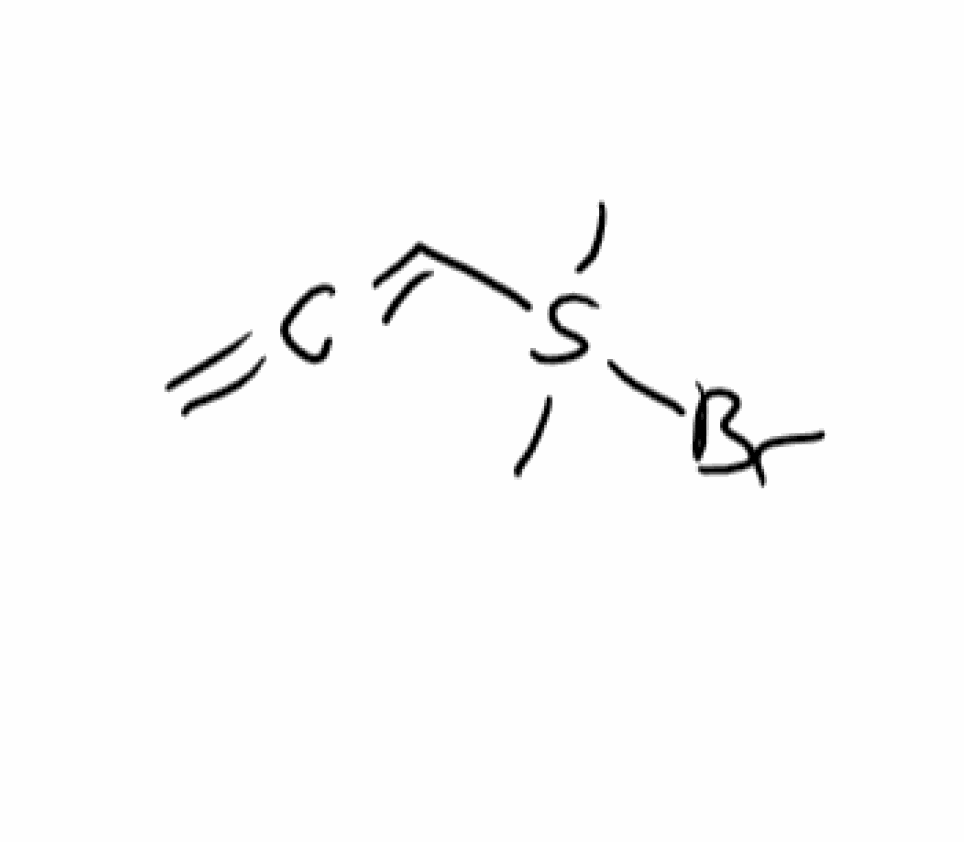
Simplified molecular-input line-entry system (SMILES) notation of the given molecule:
CS(C)(C=C=C)Br